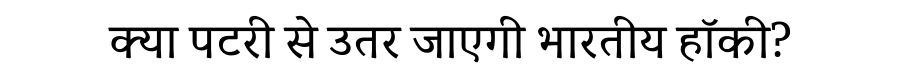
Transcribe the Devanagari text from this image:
क्या पटरी से उतर जाएगी भारतीय हॉकी?